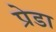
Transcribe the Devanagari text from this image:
प्रेडा